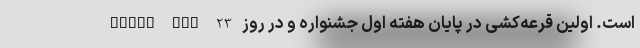
Watch Fit است. اولین قرعه‌کشی در پایان هفته اول جشنواره و در روز 23